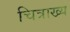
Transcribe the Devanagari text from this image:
चित्राख्य